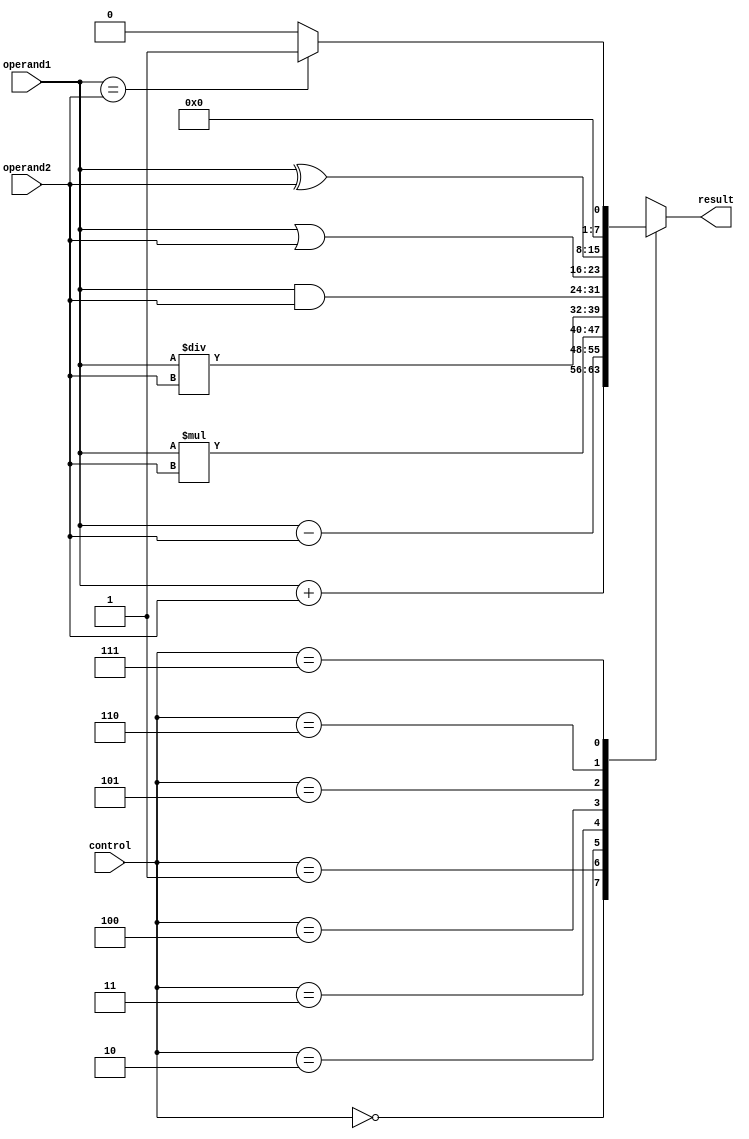
module ALU (
    input [7:0] operand1,
    input [7:0] operand2,
    input [2:0] control,
    output reg [7:0] result
);

// Adder functional block
always @(*)
begin
    case(control)
        3'b000: result = operand1 + operand2; // Add operation
        3'b001: result = operand1 - operand2; // Subtract operation
        3'b010: result = operand1 * operand2; // Multiply operation
        3'b011: result = operand1 / operand2; // Divide operation
        3'b100: result = operand1 & operand2; // AND operation
        3'b101: result = operand1 | operand2; // OR operation
        3'b110: result = operand1 ^ operand2; // XOR operation
        3'b111: result = (operand1 == operand2) ? 8'b1 : 8'b0; // Comparison operation
        default: result = 8'b0; // Default case
    endcase
end

endmodule